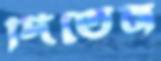
দিতেন